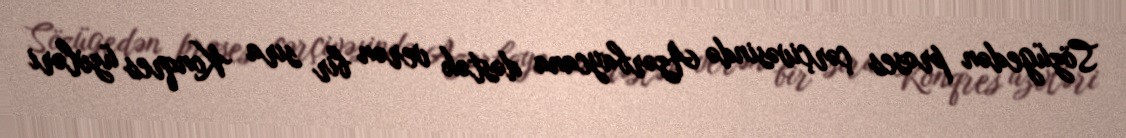
Sözügedən proses çərçivəsində Azərbaycana dəstək verən bir sıra Konqres üzvləri